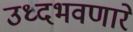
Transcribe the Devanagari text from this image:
उध्दभवणारे